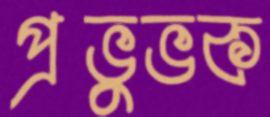
প্রভুভক